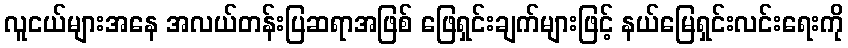
လူငယ်များအနေ အလယ်တန်းပြဆရာအဖြစ် ဖြေရှင်းချက်များဖြင့် နယ်မြေရှင်းလင်းရေးကို